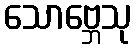
သောဗ္ဘေသု